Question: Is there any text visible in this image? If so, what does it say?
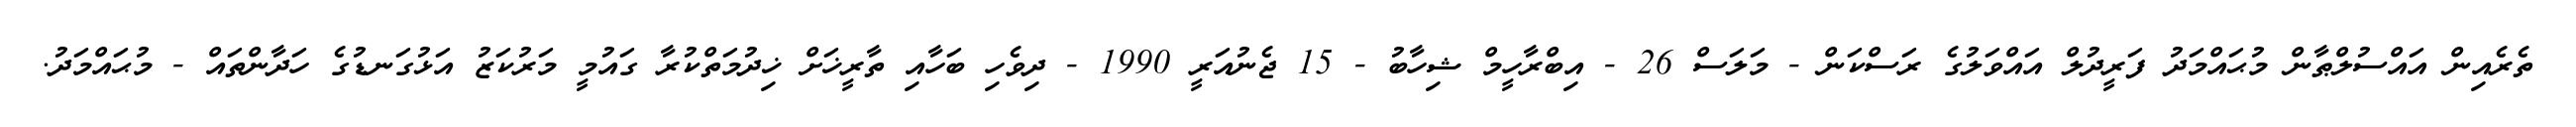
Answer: ތެރެއިން އައްސުލްޠާން މުޙައްމަދު ފަރީދުލް އައްވަލުގެ ރަސްކަން - މަލަސް 26 - އިބްރާހީމް ޝިހާބު - 15 ޖެނުއަރީ 1990 - ދިވެހި ބަހާއި ތާރީޚަށް ޚިދުމަތްކުރާ ގައުމީ މަރުކަޒު އަޅުގަނޑުގެ ހަދާންތައް - މުޙައްމަދު.